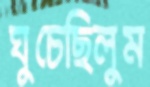
ঘুচেছিলুম